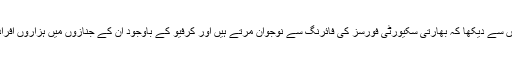
دنیا نے اپنی آنکھوں سے دیکھا کہ بھارتی سکیورٹی فورسز کی فائرنگ سے نوجوان مرتے ہیں اور کرفیو کے باوجود ان کے جنازوں میں ہزاروں افراد شریک ہوتے ہیں۔